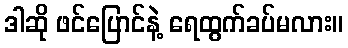
ဒါဆို ဖင်ပြောင်နဲ့ ရေထွက်ခပ်မလား။